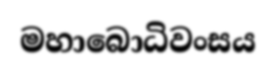
මහාබොධිවංසය